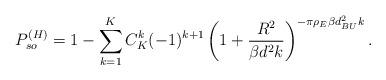
LaTeX: \begin{align*} P^{(H)}_{so} =1 - \sum^K_{k=1}C^k_K(-1)^{k+1} \left(1+\frac{R^2}{\beta d_{}^2 k}\right)^{-\pi \rho_E \beta d_{{BU}}^2 k}.\end{align*}